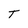
Character: T